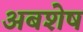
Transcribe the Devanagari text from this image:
अबशेष